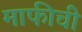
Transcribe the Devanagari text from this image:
माफीची